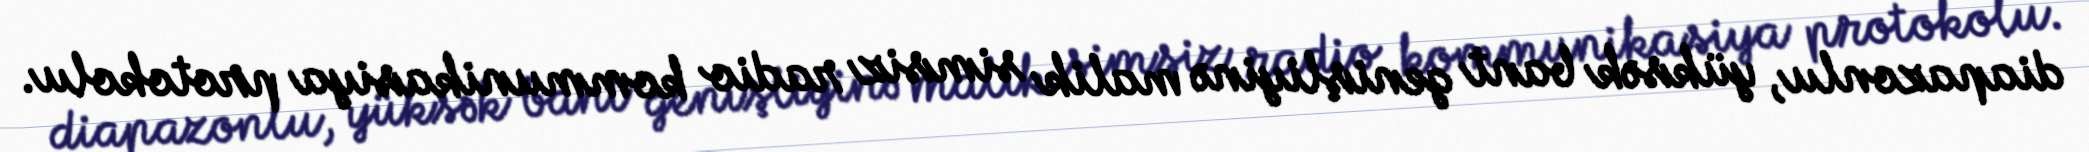
diapazonlu, yüksək bant genişliyinə malik simsiz radio kommunikasiya protokolu.